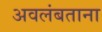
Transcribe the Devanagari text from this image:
अवलंबताना